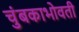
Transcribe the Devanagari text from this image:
चुंबकाभोवती